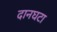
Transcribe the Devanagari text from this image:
दानघटा